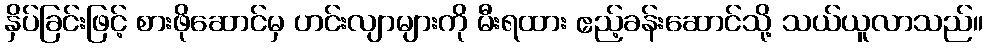
နှိပ်ခြင်းဖြင့် စားဖိုဆောင်မှ ဟင်းလျာများကို မီးရထား ဧည့်ခန်းဆောင်သို့ သယ်ယူလာသည်။